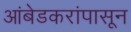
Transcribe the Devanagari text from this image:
आंबेडकरांपासून